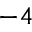
^ { − 4 }